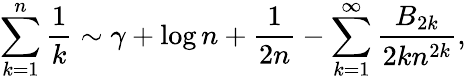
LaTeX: \sum_{k=1}^{n}{\frac{1}{k}}\sim\gamma+\log n+{\frac{1}{2n}}-\sum_{k=1}^{\infty}{\frac{B_{2k}}{2kn^{2k}}},